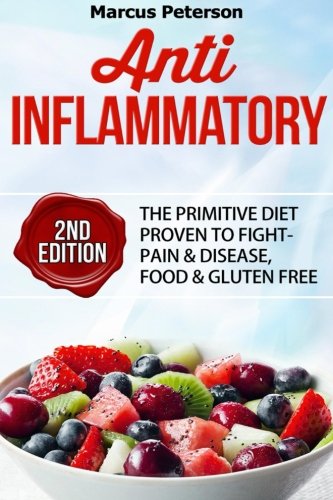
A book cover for Anti Inflammatory: The Primitive Diet Proven To Fight - Pain & Disease, Food & Gluten Free (Autoimmune, IBS, Pain Management, Mediterranean Diet, Raw Food, Essential Oils, Clean Eating) (Volume 1); Marcus Peterson; Medical Books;